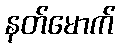
နတ်မောက်